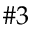
\# 3